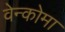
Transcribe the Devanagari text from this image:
वेन्कोमा